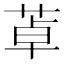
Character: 䓬